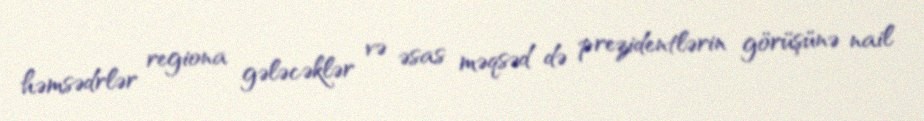
həmsədrlər regiona gələcəklər və əsas məqsəd də prezidentlərin görüşünə nail